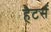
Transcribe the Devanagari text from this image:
हैटर्स